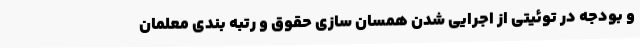
و بودجه در توئیتی از اجرایی شدن همسان سازی حقوق و رتبه بندی معلمان